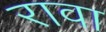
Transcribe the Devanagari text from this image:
रावा